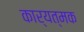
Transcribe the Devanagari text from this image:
कार्यत्मक